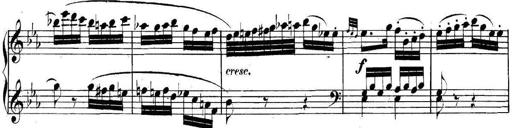
Title: Collected Piano Sonatas
Composer: Muzio Clementi